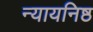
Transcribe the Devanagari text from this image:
न्यायनिष्ठ